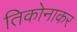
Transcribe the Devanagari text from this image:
तिकोनाकर